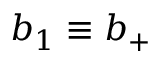
b _ { 1 } \equiv b _ { + }